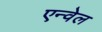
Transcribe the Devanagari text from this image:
एन्वेल